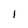
Character: 1